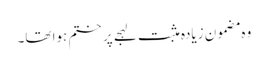
وہ مضمون زیادہ مثبت لہجے پر ختم ہوا تھا۔